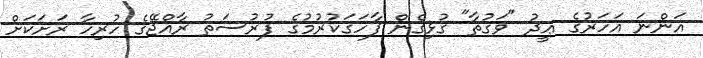
އަންނަ އަހަރުގެ ޢީދު "ވަގުތާ" ގުޅިގެން ފާހަގަކުރުމުގެ ފުރުސަތު ރާއްޖޭގެ ހުރިހާ ރަށަކަށް